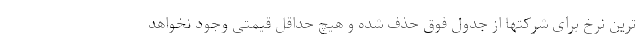
ترین نرخ برای شرکتها از جدول فوق حذف شده و هیچ حداقل قیمتی وجود نخواهد